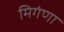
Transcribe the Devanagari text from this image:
मिगंणा